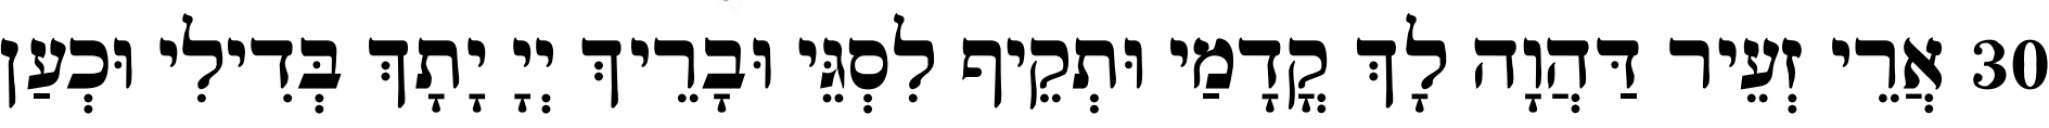
30 אֲרֵי זְעֵיר דַּהֲוָה לָךְ קֳדָמַי וּתְקֵיף לִסְגֵּי וּבָרֵיךְ יְיָ יָתָךְ בְּדִילִי וּכְעַן